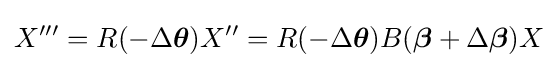
X'''=R(-\Delta {\boldsymbol {\theta }})X''=R(-\Delta {\boldsymbol {\theta }})B({\boldsymbol {\beta }}+\Delta {\boldsymbol {\beta }})X